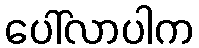
ပေါ်လာပါက